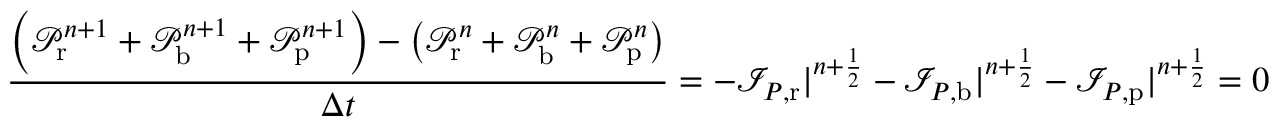
\frac { \left( \mathcal P _ { \mathrm { r } } ^ { n + 1 } + \mathcal P _ { \mathrm { b } } ^ { n + 1 } + \mathcal P _ { \mathrm { p } } ^ { n + 1 } \right) - \left( \mathcal P _ { \mathrm { r } } ^ { n } + \mathcal P _ { \mathrm { b } } ^ { n } + \mathcal P _ { \mathrm { p } } ^ { n } \right) } { \Delta t } = - \mathcal I _ { P , \mathrm { r } } | ^ { n + \frac 1 2 } - \mathcal I _ { P , \mathrm { b } } | ^ { n + \frac 1 2 } - \mathcal I _ { P , \mathrm { p } } | ^ { n + \frac 1 2 } = 0